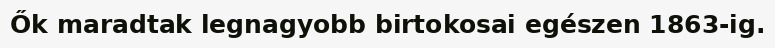
Ők maradtak legnagyobb birtokosai egészen 1863-ig.